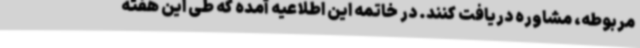
مربوطه، مشاوره دریافت کنند. در خاتمه این اطلاعیه آمده که طی این هفته